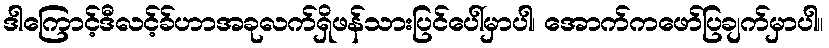
ဒါကြောင့်ဒီလင့်ခ်ဟာအခုလက်ရှိဖန်သားပြင်ပေါ်မှာပါ၊ အောက်ကဖော်ပြချက်မှာပါ။